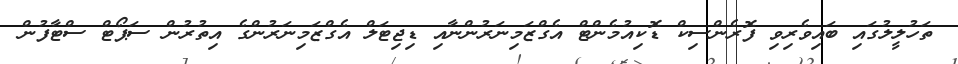
ތަހުލީލުގައި ބައިވެރިވި ފޮރެންސިކް ޑޮކިއުމެންޓް އެގްޒަމިނަރުންނާއި ޑިޖިޓަލް އެގްޒަމިނަރުންގެ އިތުރުން ސަޕޯޓް ސްޓާފުން